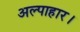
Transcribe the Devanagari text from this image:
अल्पाहार।